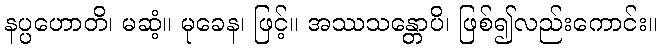
နပ္ပဟောတိ၊ မဆံ့။ မုခေန၊ ဖြင့်။ အဿသန္တောပိ၊ ဖြစ်၍လည်းကောင်း။